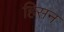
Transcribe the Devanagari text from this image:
हिसन